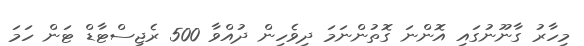
މިހާރު ގާނޫނުގައި އޮންނަ ގޮތުންނަމަ ދިވެހިން ދުއްވާ 500 ރެޖިސްޓާޑް ޓަން ހަމަ